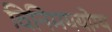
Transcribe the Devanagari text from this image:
विनिमययोग्य